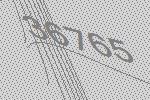
36765